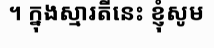
។ ក្នុងស្មារតីនេះ ខ្ញុំសូម